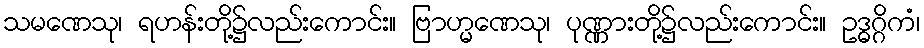
သမဏေသု၊ ရဟန်းတို့၌လည်းကောင်း။ ဗြာဟ္မဏေသု၊ ပုဏ္ဏားတို့၌လည်းကောင်း။ ဥဒ္ဓဂ္ဂိကံ၊